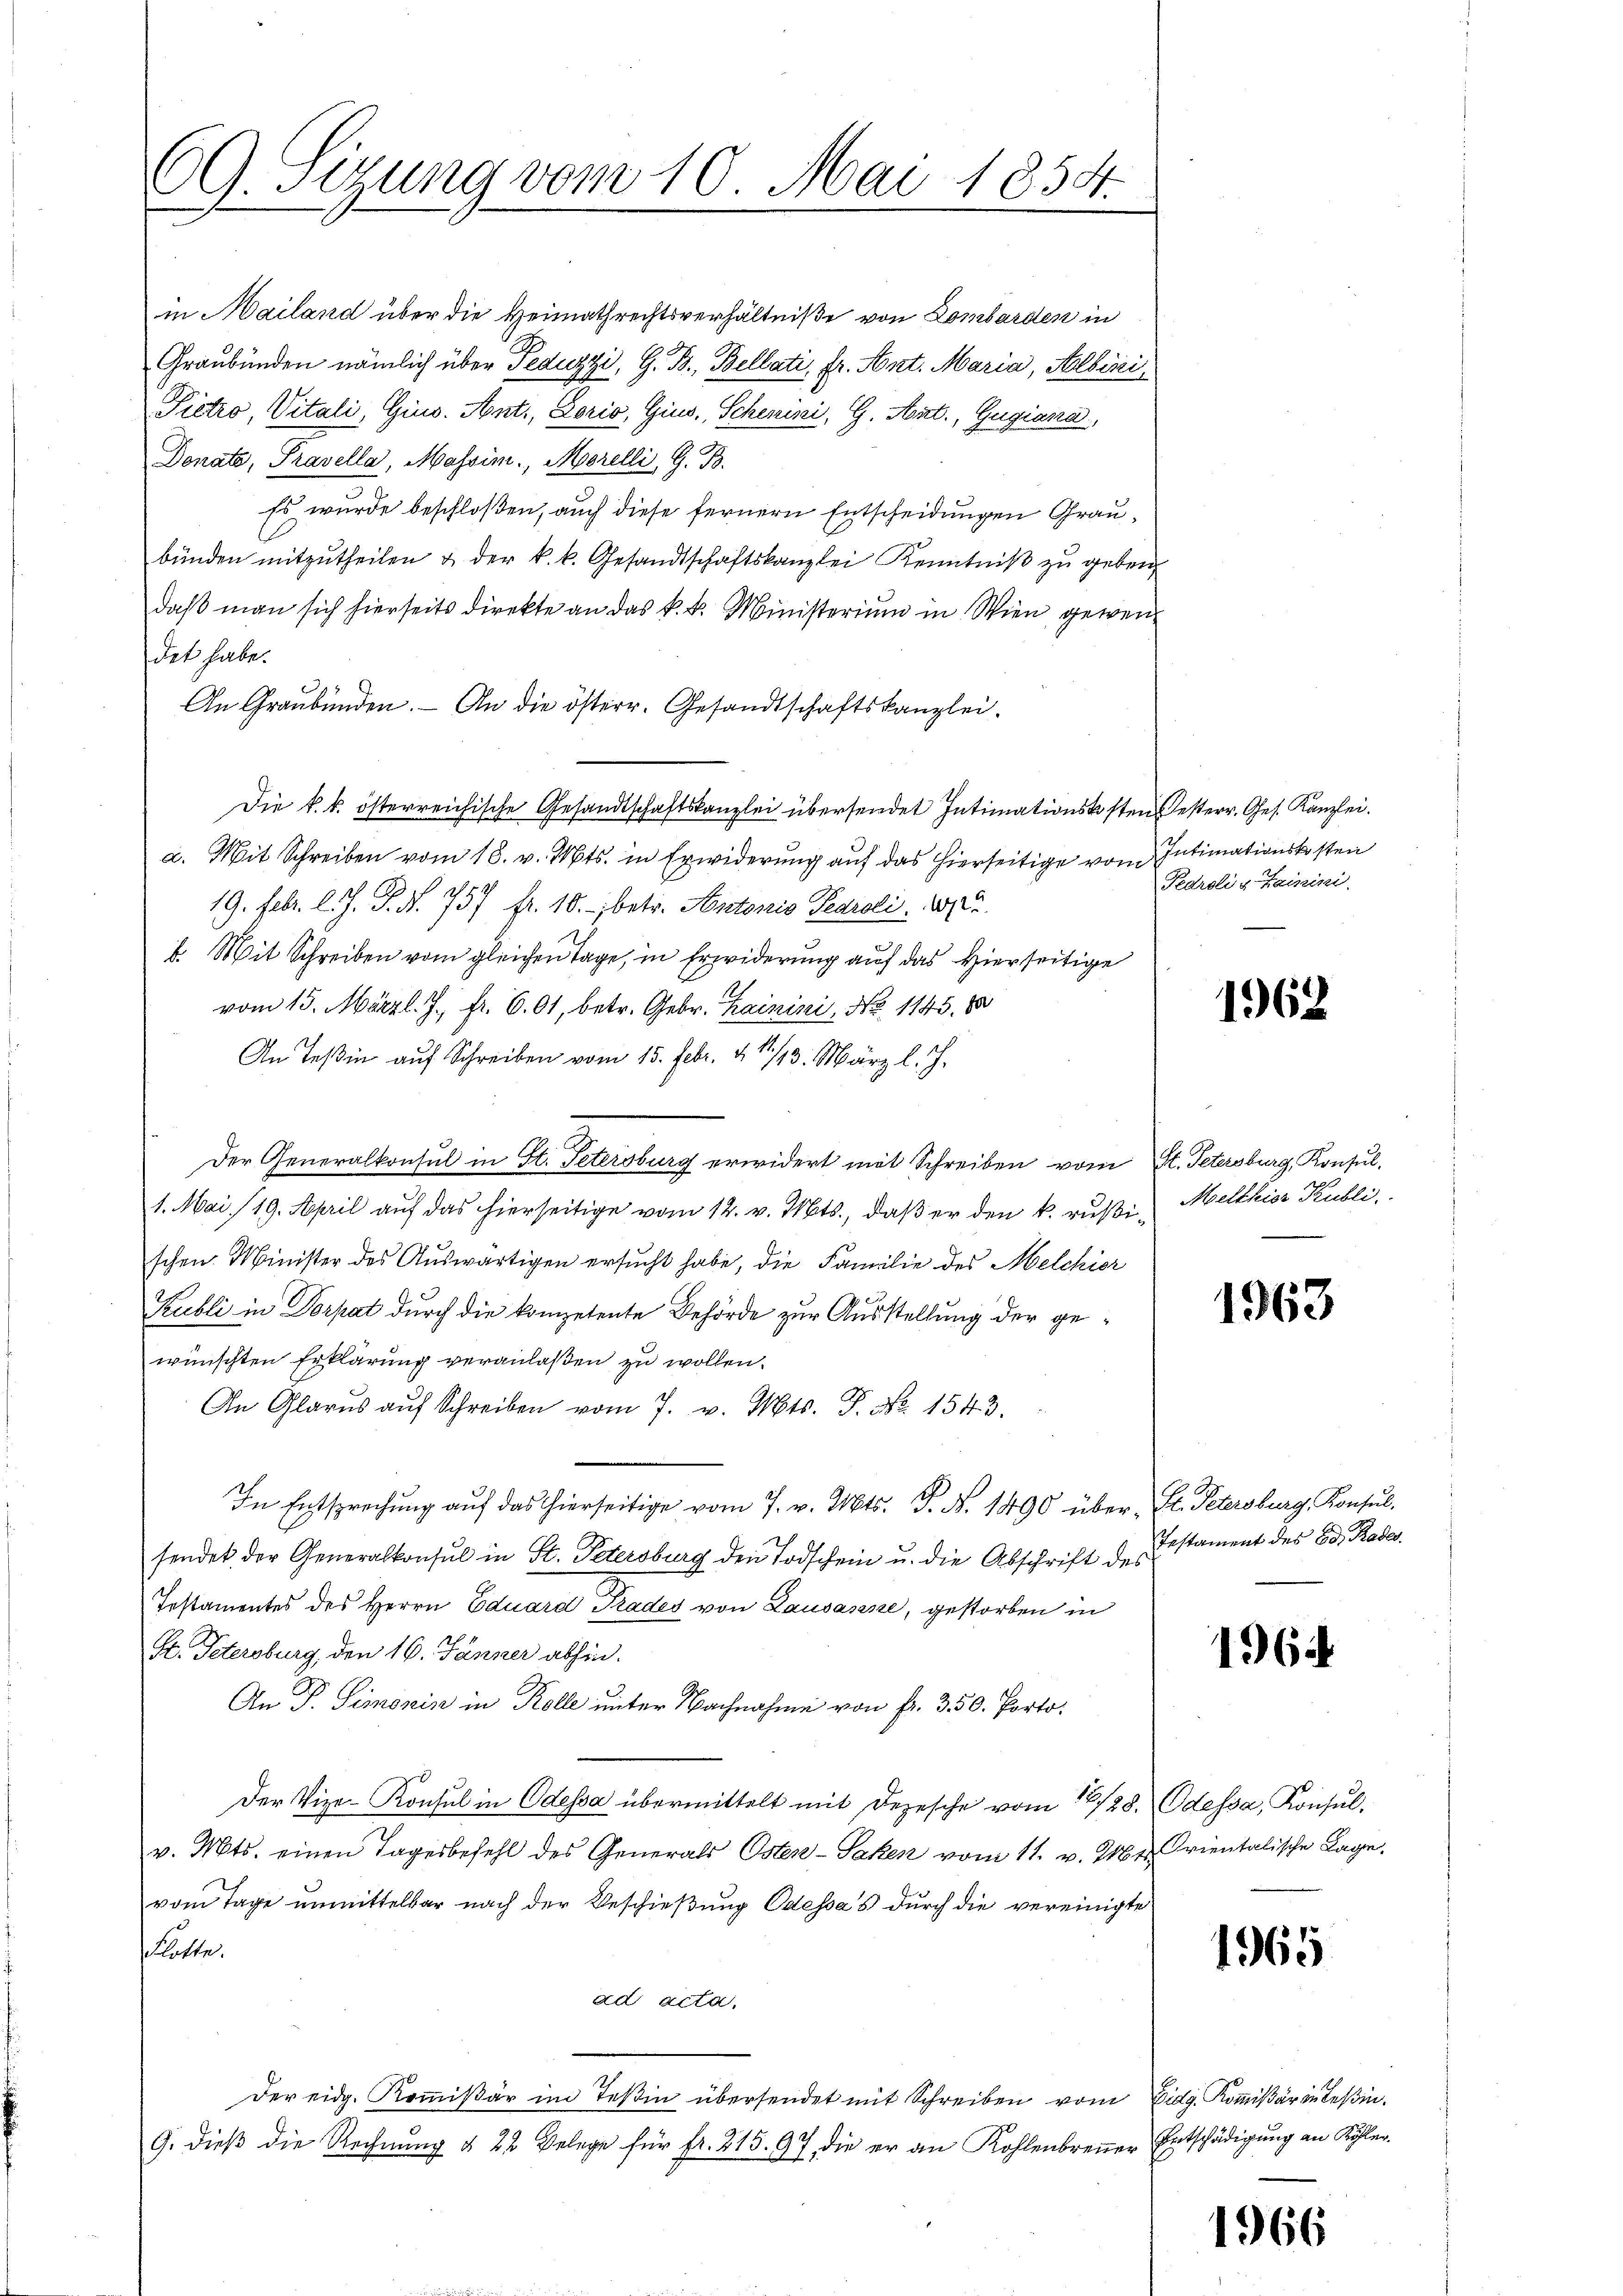
69. Sizung vom 10. Mai 1854.

in Mailand über die Heimathrechtsverhältniße von Lombarden in
Graubünden nämlich über Peduzzi, G. B., Bellati, fr. Ant. Maria, Albini,
Pictro, Vitali, Gino. Ant., Lorio, Gius, Schenini, G. Art., Gugiana,
Donate, Pravella, Massim., Morelli, G. B.
Es wurde beschloßen, auch diese fernern Entscheidungen Graubünden mitzŭtheilen & der k. k. Gesandtschaftskanzlei Kenntniß zu geben
daß man sich hierseits direkte an das k. k. Ministerium in Wien gewendet habe.
An Graubünden. An die österr. Gesandtschaftskanzlei.
Die k. k. österreichische Gesandtschaftskanzlei übersendet Intimationskosten Oesterr. Ges. Kanzlei.
a. Mit Schreiben vom 18. v. Mts. in Erwiderung auf das hierseitige vom Intimationskosten
19. Febr. l. J. J. N. 757 fr. 10. betr. Anstoris Pearoli 20.
b. Mit Schreiben vom gleichen Tage, in Erwiderung auf das Hierseitige
vom 15. März l. J. fr. 601, betr. Gebr. Hainini, No 1145. 800
An Teßin auf Schreiben vom 15. Febr. & 11./13. März l. J.
Der Generalkonsul in St. Petersburg erwidert mit Schreiben vom St. Petersburg, Konsul-
1. Mai 19. April auf das hierseitige vom 12. v. Mts., daß er den k. rußi- Melthier Publi
schen Minister des Auswärtigen ersucht habe, die Familie des Melchior
Kubli in Dorpat durch die kompetente Behörde zur Ausstellung der gewünschten Erklärung veranlaßen zu wollen.
An Glarus aŭf Schreiben vom 7. v. Mts. P. Nr. 1543.
In Entsprechŭng aŭf das hierseitige vom 7. v. Mts. S. N. 1490 über St. Petersburg, Konsul-
sendet der Generalkonsul in St. Petersburg den Todschein u. die Abschrift des Erstament des Ed. Rades.
Testamentes des Herrn Eduard Prades von Lausasse, gestorben in
St. Petersburg, den 16. Jänner abhin.
An P. Simonin in Kolle unter Nachnahme von fr. 350. Porto¬
Der Vize-Konsul in Odessa übermittelt mit Depesche vom 19/28. Odessa, Konsulv. Mts. einen Tagesbefehl des Generals Osten-Saken vom 11. v. 216 u. rientalische Lage,
vom Tage unmittelbar nach der Beschießung Odessa's durch die vereinigte
lätte.
ad acta.
Der eidg. Kommißär im Teßin übersendet mit Schreiben vom Eidg. Kommißär in Leßin.
9. dieβ die Rechnŭng § 22 Belege für fr. 215. 97, die er an Kohlenbreṅer Entschädigung an Köhler-

Pedroli & Hainini.

1962

1963

1964

1965

1966